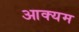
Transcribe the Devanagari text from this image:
आक्यम